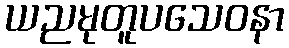
ယညမုတူပသေဝနာ